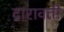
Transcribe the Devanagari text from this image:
द्रारावती